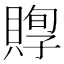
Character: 賯